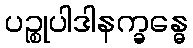
ပဉ္စုပါဒါနက္ခန္ဓေ